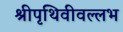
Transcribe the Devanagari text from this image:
श्रीपृथिवीवल्लभ